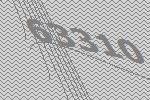
63310